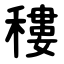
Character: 䅹